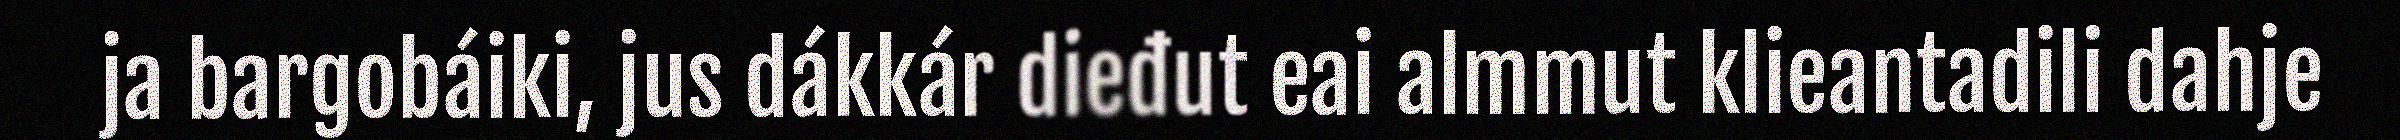
ja bargobáiki, jus dákkár dieđut eai almmut klieantadili dahje